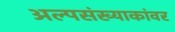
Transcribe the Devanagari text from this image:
अल्पसंख्याकांवर